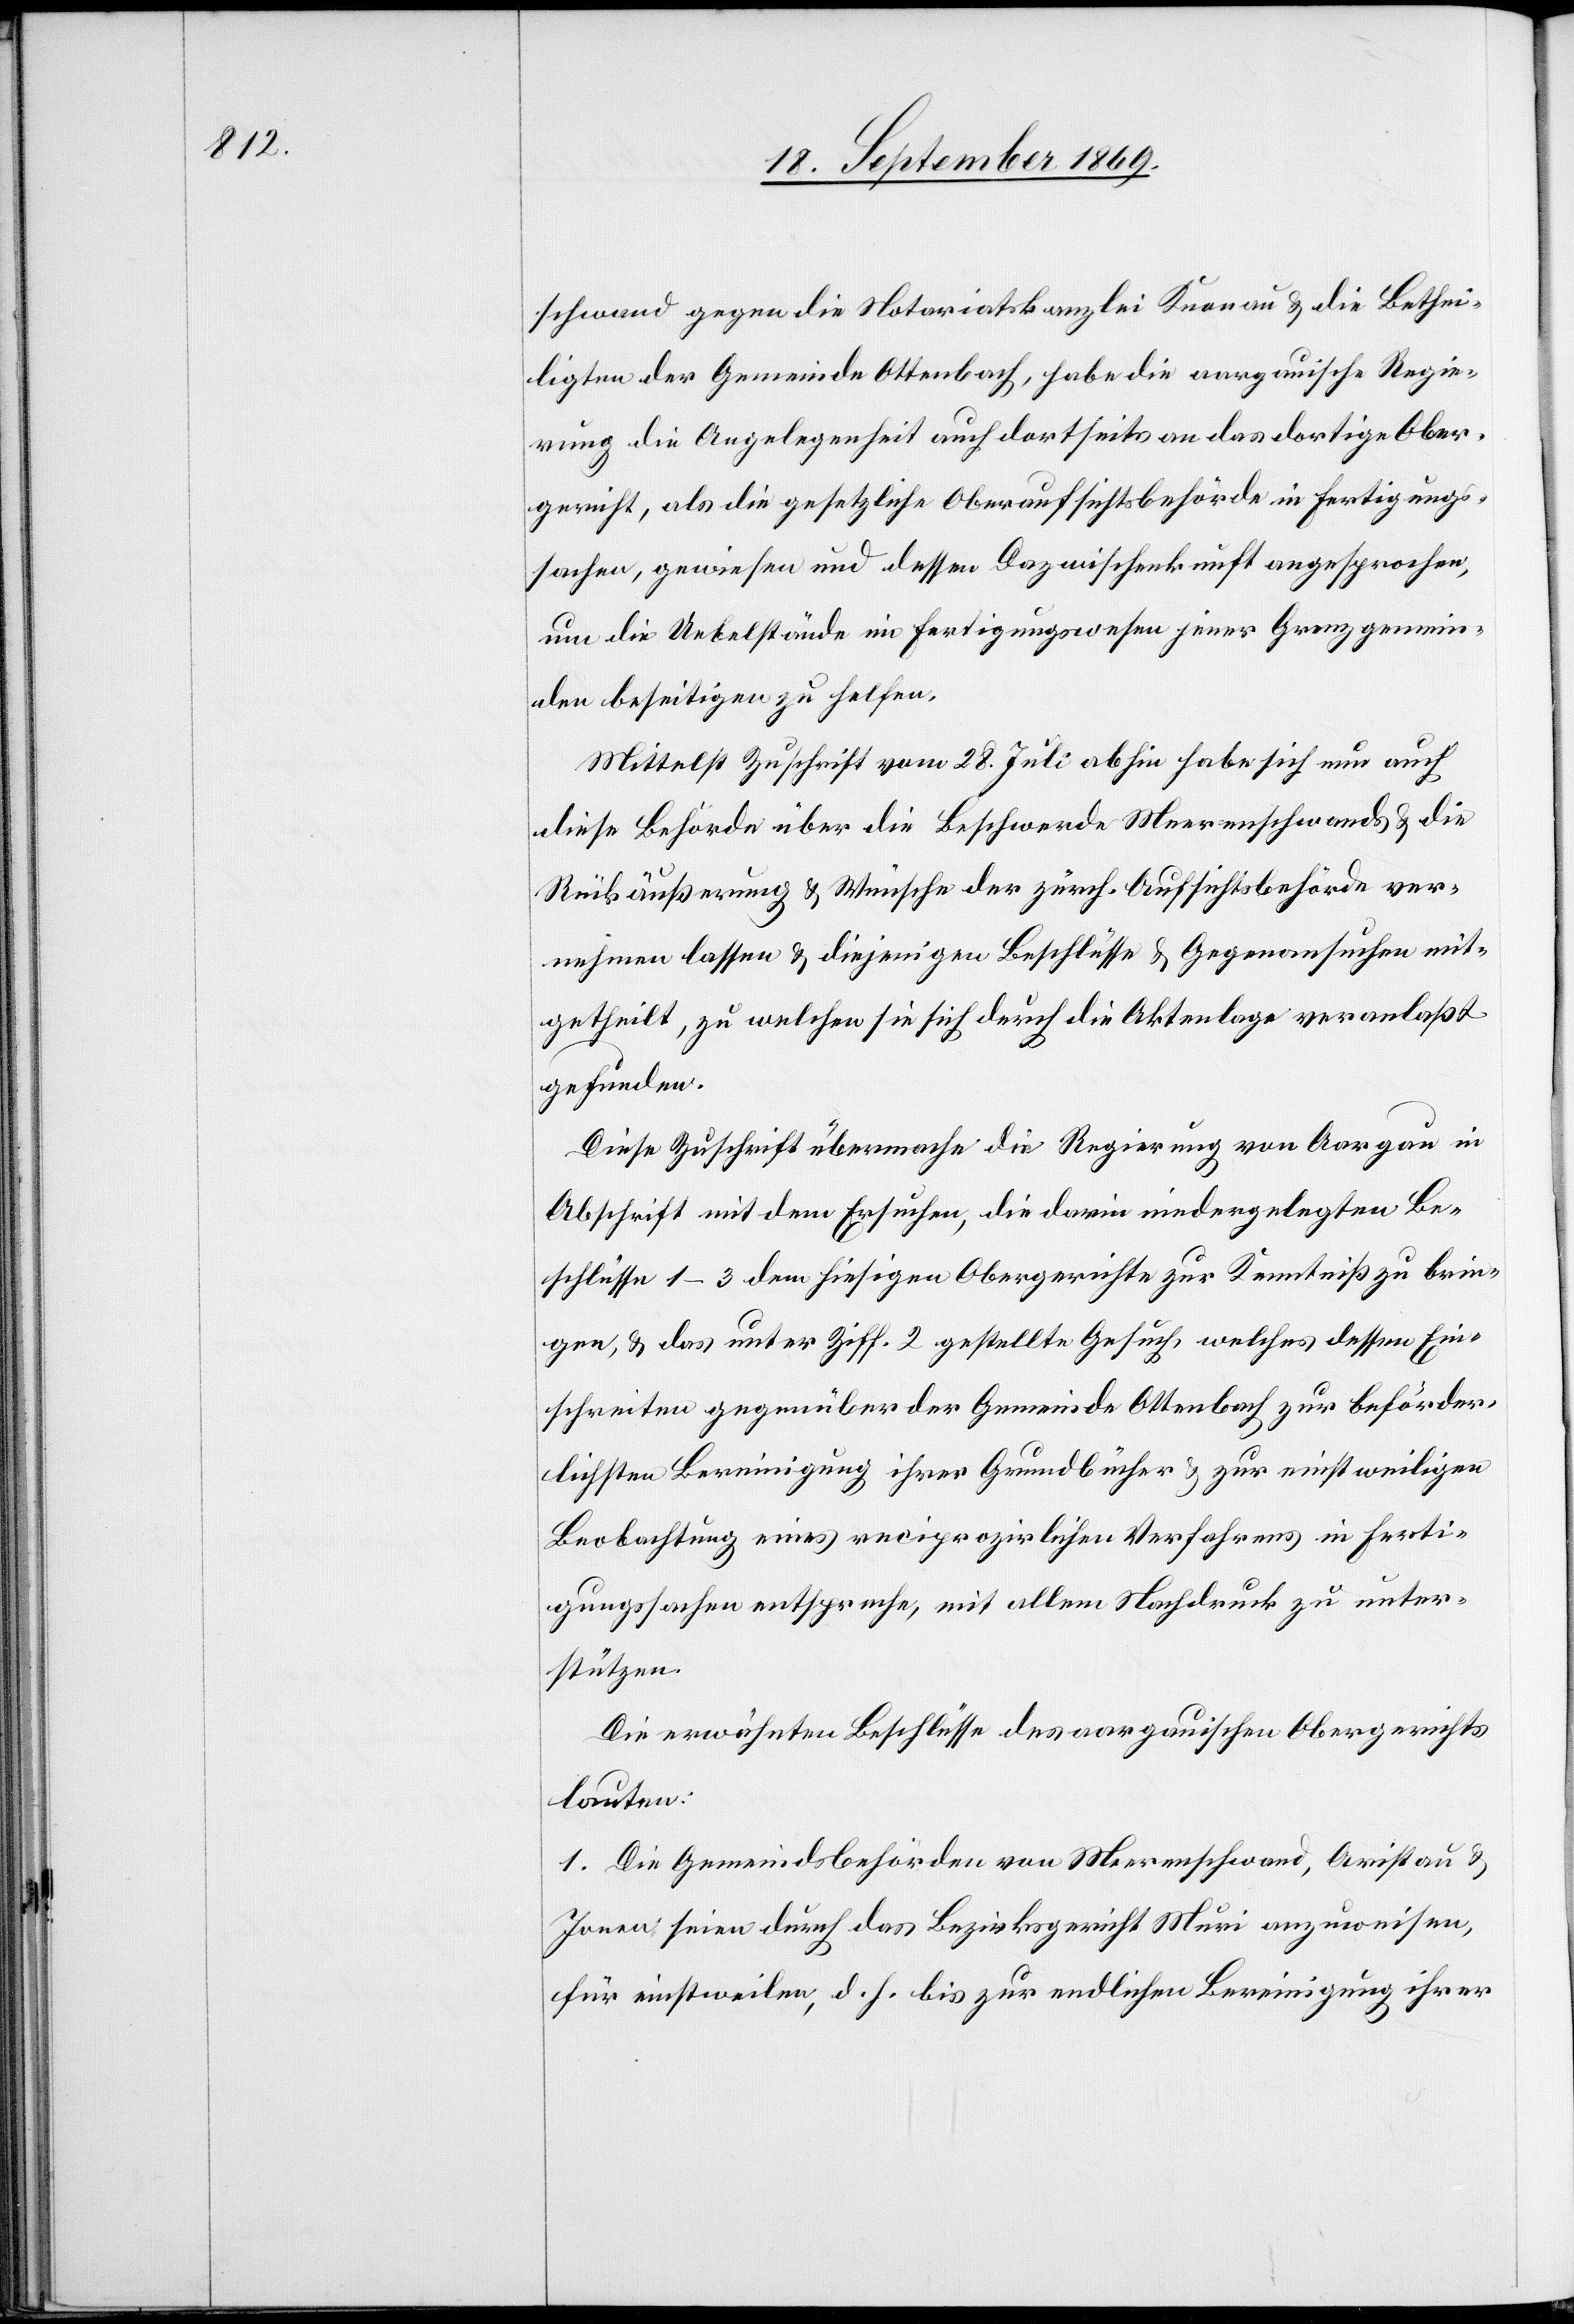
schwand gegen die Notariatskanzlei Knonau & die Bethei¬
ligten der Gemeinde Ottenbach, habe die aargauische Regie¬
rung die Angelegenheit auch dortseits an das dortige Ober¬
gericht, als die gesetzliche Oberaufsichtsbehörde in Fertigungs¬
sachen, gewiesen und dessen Dazwischenkunft angesprochen,
um die Uebelstände im Fertigungswesen jener Grenzgemein¬
den beseitigen zu helfen.
Mittelst Zuschrift vom 28. Juli abhin habe sich nun auch
diese Behörde über die Beschwerde Meerenschwand & die
Rückäußerung & Wünsche der zürch. Aufsichtsbehörde ver¬
nehmen lassen & diejenigen Beschlüsse & Gegenansuchen mit¬
getheilt, zu welchen sie sich durch die Aktenlage veranlaßt
gefunden.
Diese Zuschrift übermache die Regierung von Aargau in
Abschrift mit dem Ersuchen, die darin niedergelegten Be¬
schlüsse 1–3 dem hiesigen Obergerichte zur Kenntniß zu brin¬
gen, & das unter Ziff. 2 gestellte Gesuch, welches dessen Ein¬
schreiten gegenüber der Gemeinde Ottenbach zur beförder¬
lichsten Bereinigung ihrer Grundbücher & zur einstweiligen
Beobachtung eines reciprozirlichen Verfahrens in Ferti¬
gungssachen entspreche, mit allem Nachdruck zu unter¬
stützen.
Die erwähnten Beschlüsse des aargauischen Obergerichts
lauten:
1. Die Gemeindsbehörden von Meerenschwand, Aristau &
Jonen seien durch das Bezirksgericht Muri anzuweisen,
für einstweilen, d. h. bis zur endlichen Bereinigung ihrer